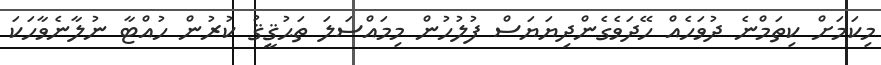
މިކަމަށް ކިތަމްނެ ދުވަހެއް ހޭދަވެގެންދިޔަޔަސް ފުލުހުން މިމައްސަލަ ތަޙުޤީޤު ކުރުން ހުއްޓާ ނުލާނެވާހަކަ